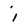
Character: i